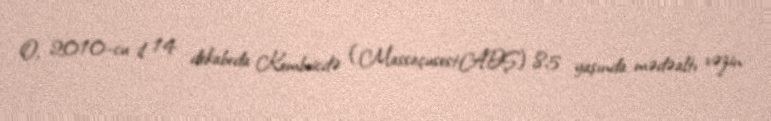
O, 2010-cu il 14 dekabrda Kembricdə (Massaçusest,ABŞ) 85 yaşında mədəaltı vəzin